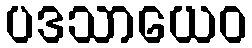
ပဒသာယေဝ